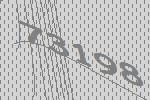
73198